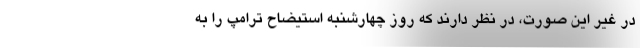
در غیر این صورت، در نظر دارند که روز چهارشنبه استیضاح ترامپ را به